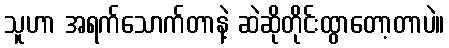
သူဟာ အရက်သောက်တာနဲ့ ဆဲဆိုတိုင်းထွာတော့တာပဲ။